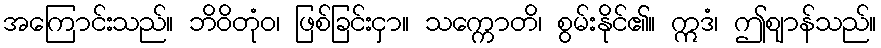
အကြောင်းသည်။ ဘိဝိတုံဝ၊ ဖြစ်ခြင်းငှာ။ သက္ကောတိ၊ စွမ်းနိုင်၏။ ဣဒံ၊ ဤဈာန်သည်။